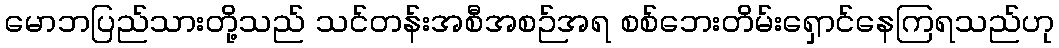
မောဘပြည်သားတို့သည် သင်တန်းအစီအစဉ်အရ စစ်ဘေးတိမ်းရှောင်နေကြရသည်ဟု